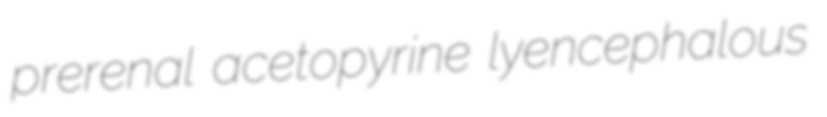
prerenal acetopyrine lyencephalous